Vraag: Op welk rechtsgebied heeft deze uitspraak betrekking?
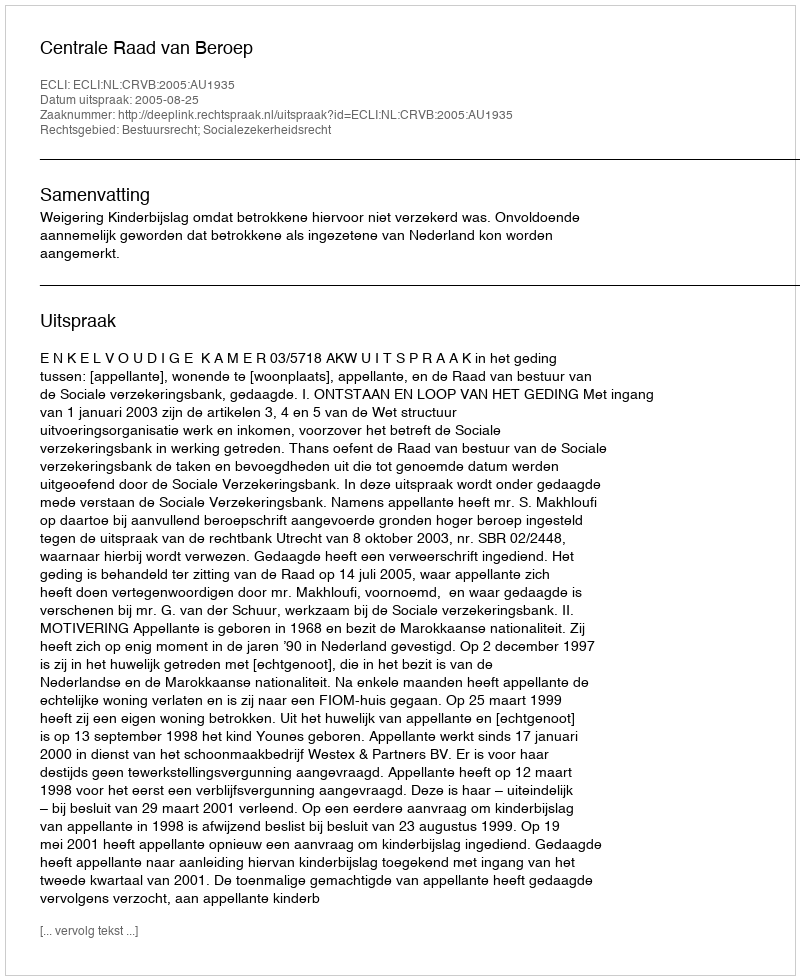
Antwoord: Bestuursrecht; Socialezekerheidsrecht